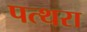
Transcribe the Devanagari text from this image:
पत्थरा